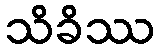
သိခိဿ